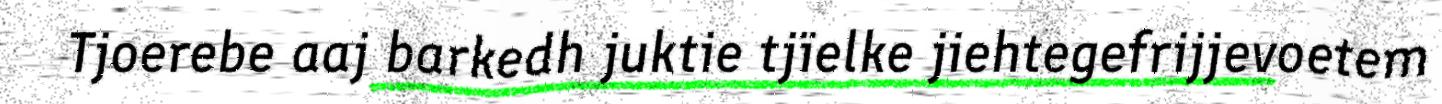
Tjoerebe aaj barkedh juktie tjïelke jiehtegefrijjevoetem